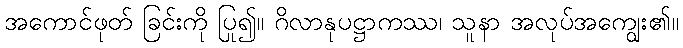
အကောင်ဖုတ် ခြင်းကို ပြု၍။ ဂိလာနုပဋ္ဌာကဿ၊ သူနာ အလုပ်အကျွေး၏။